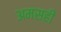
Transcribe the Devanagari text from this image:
अमसहीं